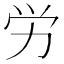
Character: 労